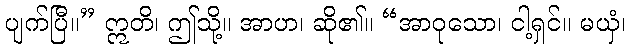
ပျက်ပြီ။” ဣတိ၊ ဤသို့။ အာဟ၊ ဆို၏။ “အာဝုသော၊ ငါ့ရှင်။ မယှံ၊